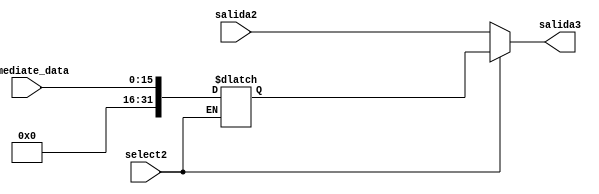
module mux(salida2, immediate_data, select2, salida3);
input [31:0] salida2;
input [15:0] immediate_data;
input select2;
output reg[31:0] salida3;
reg[31:0]muxo;


always @(*)
begin
	if (select2 == 1'b1) begin;
		muxo <= {16'b0,immediate_data};
		salida3 = muxo;
	end else begin
		salida3 = salida2;
	end
end
endmodule